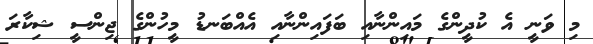
މި ވަނީ އެ ކުދީންގެ މައިންނާއި ބަފައިންނާއި އެއްބަނޑު މީހުންގެ ޖިންސީ ޝިކާރަ